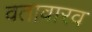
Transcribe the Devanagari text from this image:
वतावारव